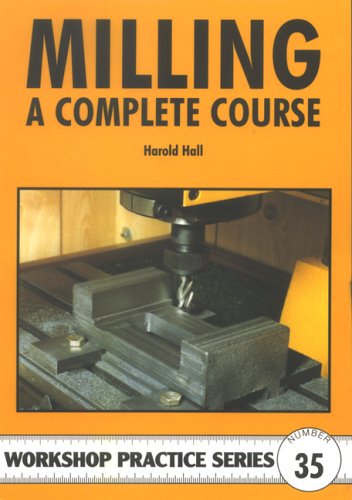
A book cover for Milling: A Complete Course (Workshop Practice); Harold Hall; Crafts, Hobbies & Home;